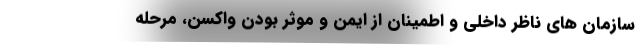
سازمان های ناظر داخلی و اطمینان از ایمن و موثر بودن واکسن، مرحله